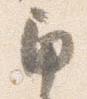
角